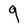
Character: g